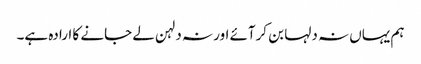
ہم یہاں نہ دلہا بن کرآئے اور نہ دلہن لے جانے کا ارادہ ہے۔